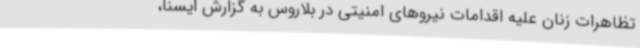
تظاهرات زنان علیه اقدامات نیروهای امنیتی در بلاروس به گزارش ایسنا،